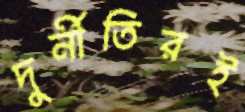
দুর্নীতিরই